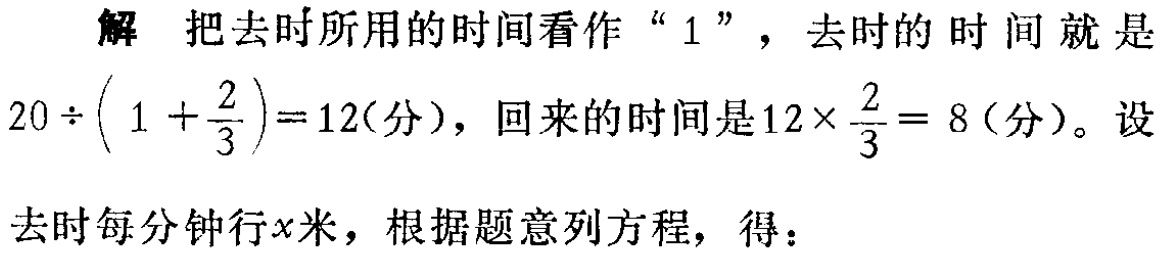
解 把去时所用的时间看作“$1$”，去时的时间就是

$20\div \left(1 + \dfrac{2}{3}\right)=12(\text{分})$，回来的时间是$12\times\dfrac{2}{3}= 8 (\text{分})$。设

去时每分钟行$x$米，根据题意列方程，得：